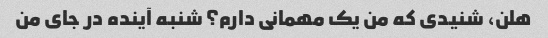
هلن، شنیدی که من یک مهمانی دارم؟ شنبه آینده در جای من